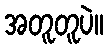
အတူတူပဲ။